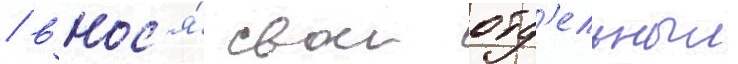
/ внос'я́ свои отд'ельныи